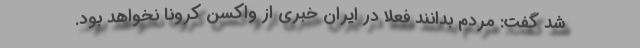
شد گفت: مردم بدانند فعلا در ایران خبری از واکسن کرونا نخواهد بود.